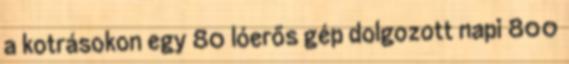
a kotrásokon egy 80 lóerős gép dolgozott napi 800